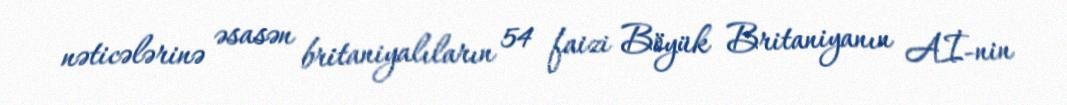
nəticələrinə əsasən britaniyalıların 54 faizi Böyük Britaniyanın Aİ-nin